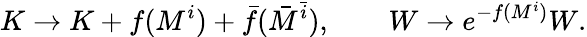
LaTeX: K\rightarrow K+f(M^{i})+\bar{f}(\bar{M}^{\bar{i}}),\qquad W\rightarrow e^{-f(M^{i})}W.